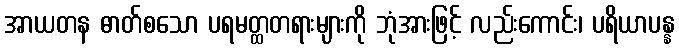
အာယတန ဓာတ်စသော ပရမတ္ထတရားများကို ဘုံအားဖြင့် လည်းကောင်း၊ ပရိယာပန္န